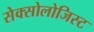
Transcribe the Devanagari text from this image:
सेक्सोलोजिस्ट